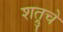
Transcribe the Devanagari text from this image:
शत्रुचे